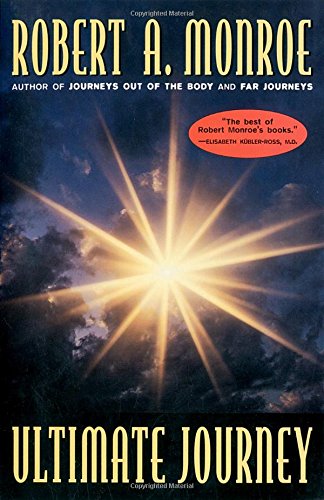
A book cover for Ultimate Journey; Robert Monroe; Religion & Spirituality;